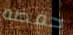
حفظه